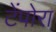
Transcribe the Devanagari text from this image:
टेंपोरा